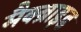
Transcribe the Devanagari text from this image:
मैक्ब्राइड